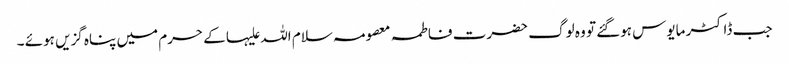
جب ڈاکٹر مایوس ہوگئے تو وہ لوگ حضرت فاطمہ معصومہ سلام اللہ علیہا کے حرم میں پناہ گزیں ہوئے ۔